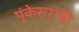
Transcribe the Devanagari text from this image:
पुंकेसरांची